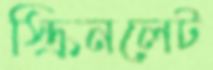
স্ক্রিনলেট